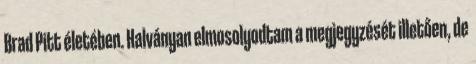
Brad Pitt életében. Halványan elmosolyodtam a megjegyzését illetően, de